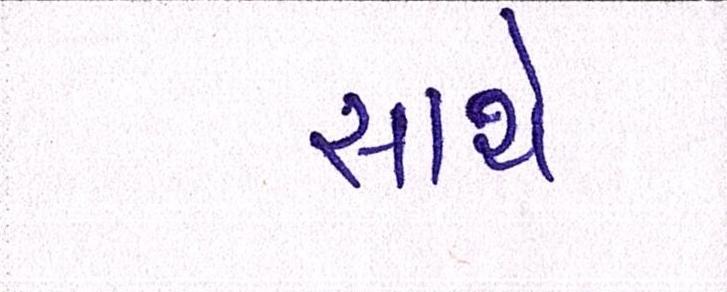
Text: સાથે